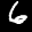
Label: 6